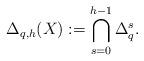
LaTeX: \begin{align*}\Delta_{q,h}(X):= \bigcap_{s=0}^{h-1}\Delta^s_q.\end{align*}